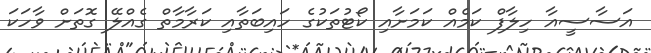
އަސާސީއާ ހިލާފް ކަމެއް ކަމަށާއި ކޯޓުތަކުގެ ހައިބަތާއި ކަރާމާތް ގެއްލޭ ގޮތަށް ވާހަކަ